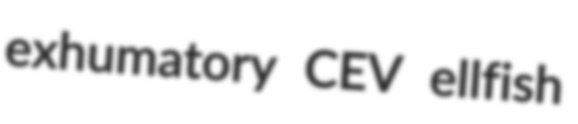
exhumatory CEV ellfish